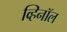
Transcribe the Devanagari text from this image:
व्हिनॉल